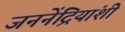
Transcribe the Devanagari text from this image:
जननेंद्रियांशी